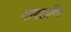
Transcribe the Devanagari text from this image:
मायक्राॅफ्ट